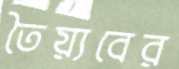
তৈয়্যবের